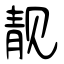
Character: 靓